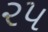
૨૫